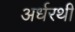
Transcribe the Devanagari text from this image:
अर्धरथी